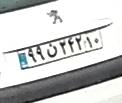
۹۹ن۲۴۲۱۰